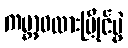
ကမ္ဘာ့ဖလားပြိုင်ပွဲ